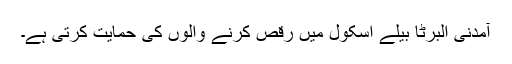
آمدنی البرٹا بیلے اسکول میں رقص کرنے والوں کی حمایت کرتی ہے۔